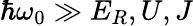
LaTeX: \hbar\omega_{0}\gg E_{R},U,J